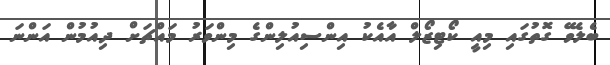
ބެލެވޭ ގޮތުގައި މިއީ ކޯޓިޒޯލް އާއެކު އިންސިއުލިންގެ މިންވަރު މައްޗަށް ދިއުމުން އަންނަ